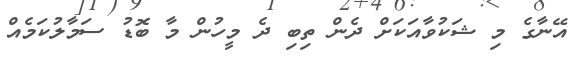
އޭނާގެ މި ޝަކުވާއަކަށް ދެން ތިބި ދެ މީހުން މާ ބޮޑު ސަމާލުކަމެއް